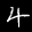
Label: 4